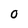
Character: O